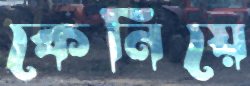
কেনিয়ে